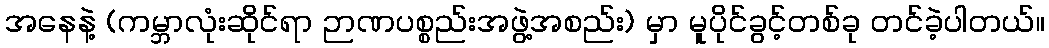
အနေနဲ့ (ကမ္ဘာလုံးဆိုင်ရာ ဉာဏပစ္စည်းအဖွဲ့အစည်း) မှာ မူပိုင်ခွင့်တစ်ခု တင်ခဲ့ပါတယ်။